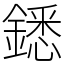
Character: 鏭